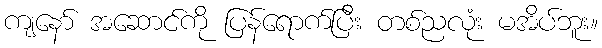
ကျနော် အဆောင်ကို ပြန်ရောက်ပြီး တစ်ညလုံး မအိပ်ဘူး။